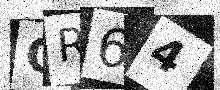
Text: GR64